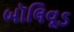
બૉલિવૂડ